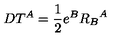
D T ^ { A } = { \frac { 1 } { 2 } } e ^ { B } { R _ { B } } ^ { A }